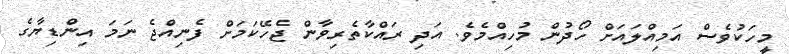
މީހަކުވެސް އަމިއްލައަށް ހޯދުން މުހިއްމެވެ. އަދި ރައްކާތެރިވާން ޖެހޭކަމަށް ފެނިއްޖެ ނަމަ އިންޑިޔާގެ